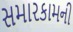
સમારકામની